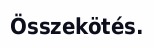
Összekötés.